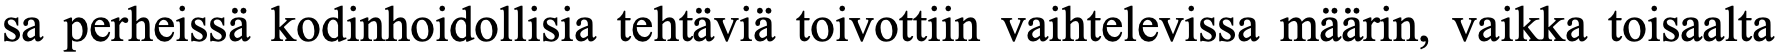
sa perheissä kodinhoidollisia tehtäviä toivottiin vaihtelevissa määrin, vaikka toisaalta